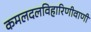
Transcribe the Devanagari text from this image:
कमलदलविहारिणीवाणी